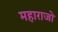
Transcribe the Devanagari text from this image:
महाराजो